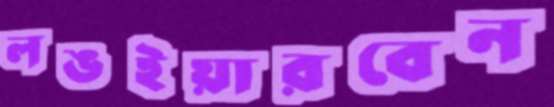
লঙইয়ারবেন